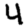
Digit: 4